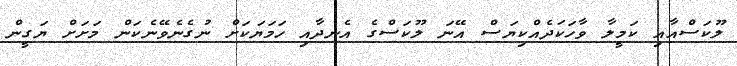
ލޫކަސްއާއި ކަމީލާ ވާހަކަދެއްކިޔަސް އޭނަ ލޫކަސްގެ އެނދާއި ހަމަޔަކަށް ނުގެނެވޭނެކަން މަށަށް ޔަގީން